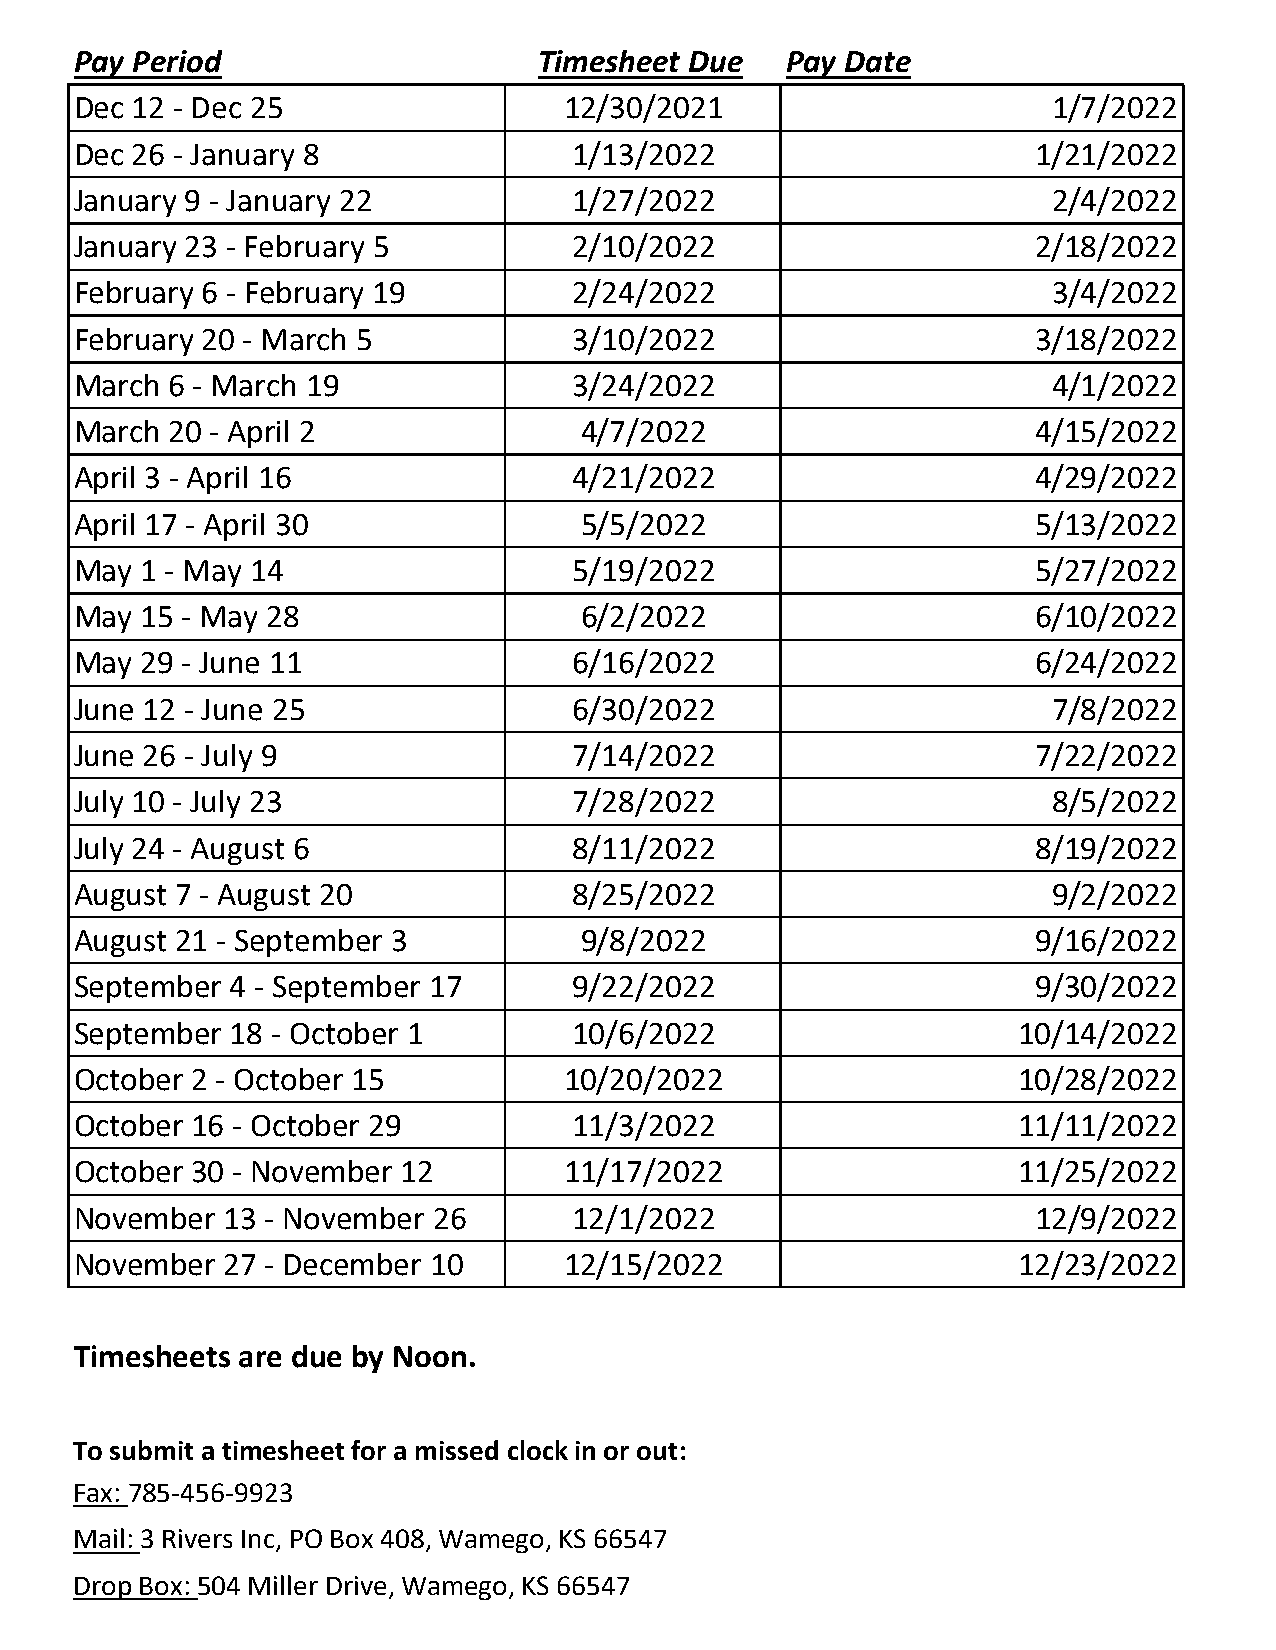
Pay Period                     Timesheet Due    Pay Date
 Dec 12 - Dec 25                  12/30/2021                      1/7/2022
 Dec 26 - January 8               1/13/2022                      1/21/2022
 January 9 - January 22           1/27/2022                       2/4/2022
 January 23 - February 5          2/10/2022                      2/18/2022
 February 6 - February 19         2/24/2022                       3/4/2022
 February 20 - March 5            3/10/2022                      3/18/2022
 March  6 - March 19              3/24/2022                       4/1/2022
 March  20 - April 2               4/7/2022                      4/15/2022
 April 3 - April 16               4/21/2022                      4/29/2022
 April 17 - April 30               5/5/2022                      5/13/2022
 May  1 - May 14                  5/19/2022                      5/27/2022
 May  15 - May 28                  6/2/2022                      6/10/2022
 May  29 - June 11                6/16/2022                      6/24/2022
 June 12 - June 25                6/30/2022                       7/8/2022
 June 26 - July 9                 7/14/2022                      7/22/2022
 July 10 - July 23                7/28/2022                       8/5/2022
 July 24 - August 6               8/11/2022                      8/19/2022
 August 7 - August 20             8/25/2022                       9/2/2022
 August 21 - September 3           9/8/2022                      9/16/2022
 September  4 - September 17      9/22/2022                      9/30/2022
 September  18 - October 1        10/6/2022                     10/14/2022
 October 2 - October 15           10/20/2022                    10/28/2022
 October 16 - October 29          11/3/2022                     11/11/2022
 October 30 - November 12         11/17/2022                    11/25/2022
 November  13 - November 26       12/1/2022                      12/9/2022
 November  27 - December 10       12/15/2022                    12/23/2022
 Timesheets are due by Noon.
 To submit a timesheet for a missed clock in or out:
 Fax: 785-456-9923
 Mail: 3 Rivers Inc, PO Box 408, Wamego, KS 66547
 Drop Box: 504 Miller Drive, Wamego, KS 66547